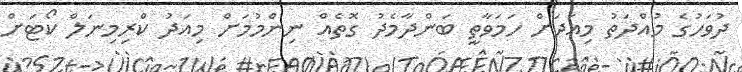
ދުވަހުގެ މުއްދަތު މިއަދަށް ހަމަވާތީ ބަންދާމެދު ގޮތެއް ނިންމުމަށް މިއަދު ކްރިމިނަލް ކޯޓަށް